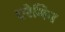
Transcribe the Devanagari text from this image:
एरेमिन